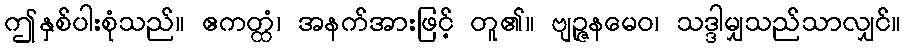
ဤနှစ်ပါးစုံသည်။ ဧကတ္ထံ၊ အနက်အားဖြင့် တူ၏။ ဗျဉ္ဇနမေဝ၊ သဒ္ဒါမျှသည်သာလျှင်။